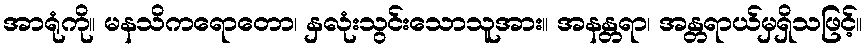
အာရုံကို။ မနသိကရောတော၊ နှလုံးသွင်းသောသူအား။ အနန္တရာ၊ အန္တရာယ်မှရှိသဖြင့်။